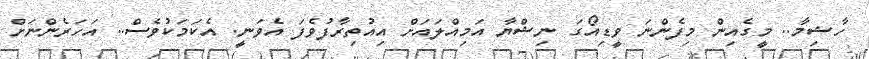
ހާޝިމާ.. މީގެއިން މިފެންނަ ވީޑިއޯގަ ނިޝްޔާ އަމިއްލައަށް އިއުތިރާފުވެފަ އެވަނީ. އެކަމަކުވެސް.. އަހަރެންނަށް